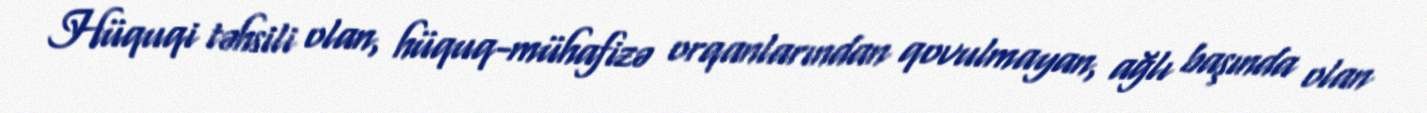
Hüquqi təhsili olan, hüquq-mühafizə orqanlarından qovulmayan, ağlı başında olan